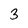
Character: 3